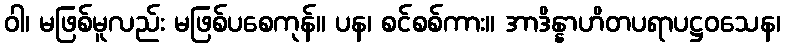
ဝါ၊ မဖြစ်မူလည်း မဖြစ်ပစေကုန်။ ပန၊ စင်စစ်ကား။ အာဒိန္နာဟိတပရာပဋ္ဌဝသေန၊